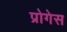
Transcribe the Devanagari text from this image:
प्रोगेस